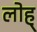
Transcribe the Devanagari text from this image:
लोह्